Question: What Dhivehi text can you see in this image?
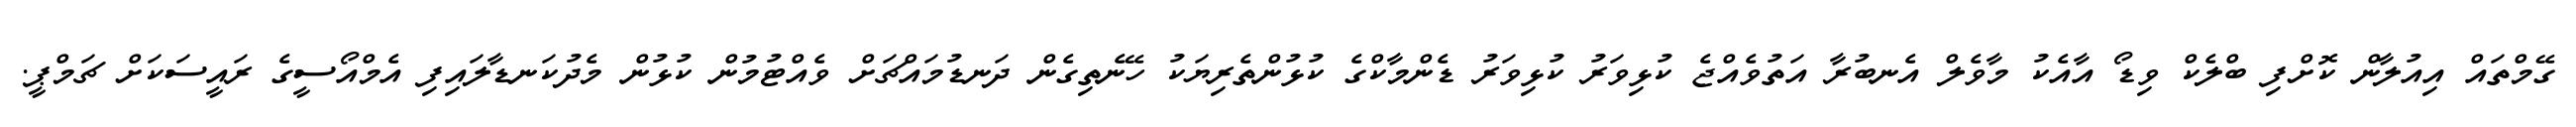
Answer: ގޭމްތައް އިއުލާން ކޮށްފި ބްލެކް ވިޑޯ އާއެކު މާވެލް އެނބުރާ އަތުވެއްޖެ ކުޅިވަރު ކުޅިވަރު ޑެންމާކްގެ ކުޅުންތެރިޔަކު ހޭނެތިގެން ދަނޑުމައްޗަށް ވެއްޓުމުން ކުޅުން މެދުކަނޑާލައިފި އެމްއޯސީގެ ރައީސަކަށް ޗަމްޕީ.